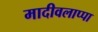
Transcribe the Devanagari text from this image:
मादीवलाप्पा